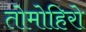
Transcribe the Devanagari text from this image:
तोमोहिरो